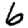
Digit: 6